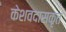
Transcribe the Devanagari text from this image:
केशवदासकृत